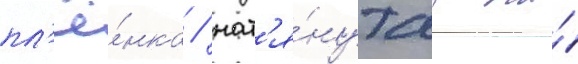
пл'ё́нка / нат'я́нутаа на́